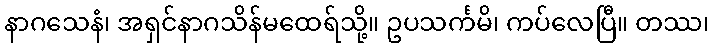
နာဂသေနံ၊ အရှင်နာဂသိန်မထေရ်သို့။ ဥပသင်္ကမိ၊ ကပ်လေပြီ။ တဿ၊